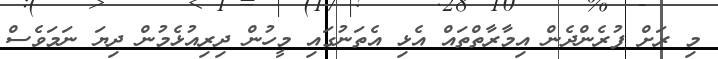
މި ރަށް ފުރެންދެން އިމާރާތްތައް އެޅި އެތަނުގައި މީހުން ދިރިއުޅެމުން ދިޔަ ނަމަވެސް